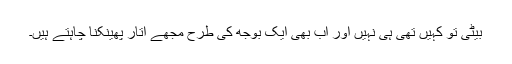
بیٹی تو کہیں تھی ہی نہیں اور اب بھی ایک بوجھ کی طرح مجھے اتار پھینکنا چاہتے ہیں۔